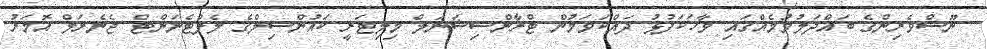
ނޫސްވެރިންގެ ބައްދަލުވުމެއްގައި ވާހަކަފުޅު ދައްކަވަމުން ޓްރާންސިޝަނަލް މިލިޓަރީ ކައުންސިލްގެ ލެފްޓެނަންޓް ޖެނެރަލް އޮމަރު